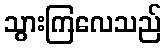
သွားကြလေသည်